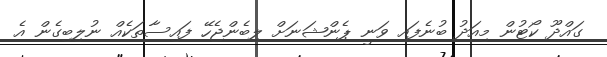
ގައްދޫ ކޯޓުން މިއަދު ބުނެފައި ވަނީ ޕެންޝަނަށް ލިބެންޖެހޭ ފައިސާތަކެއް ނުލިބިގެން އެ